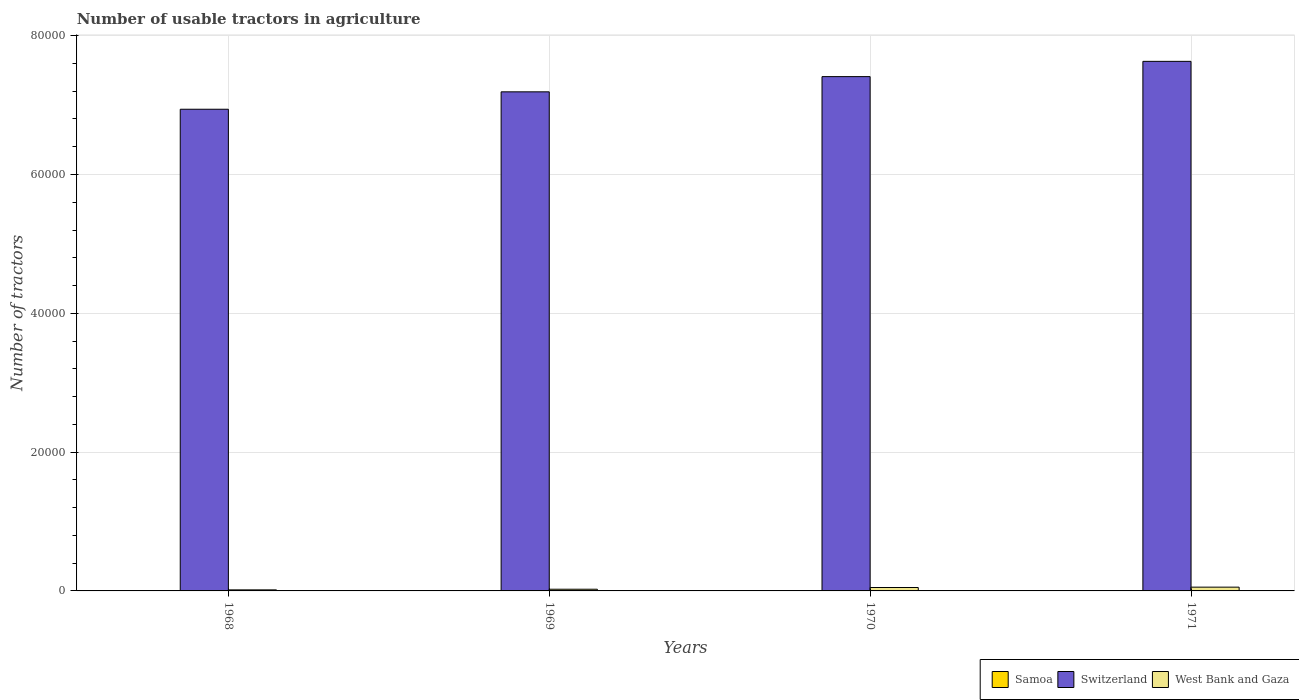
| Years | Samoa | Switzerland | West Bank and Gaza |
 | --- | --- | --- | --- |
 | 1968 | 16 | 6.94e+04 | 152 |
 | 1969 | 15 | 7.19e+04 | 244 |
 | 1970 | 15 | 7.41e+04 | 491 |
 | 1971 | 18 | 7.63e+04 | 544 |